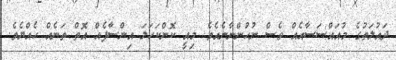
ދައުލަތުގެ މުއައްސަސާއެއް ވެސް ނުހުންނާނެއެވެ. މިއީ ކޮންކަހަލަ އިންސާފެއް އޮތް ތަނެއް ހެއްޔެވެ.